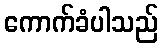
ကောက်ခံပါသည်